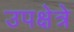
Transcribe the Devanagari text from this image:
उपक्षेत्रे